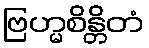
ဗြဟ္မစိန္တိတံ